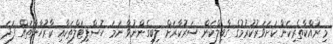
މި ރައްކާތެރިކަން ކަށަވަރުކުރުމުގެ ގާބިލްކަން ސަރުކާރަށް ލިބިގެންނުވާ ނަމަ ހޮސްޕިޓަލްތަކާއި ކާރުހާނާތައް ފަދަ